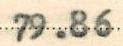
79.86